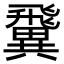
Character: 𩙺